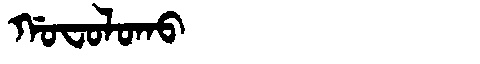
Manchu: ᡤᠣᠸᠣᠯᠣᡴᠣ
Romanization: GOFOLOKO